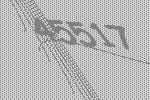
45517